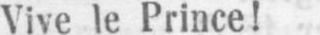
Vive le Prince!